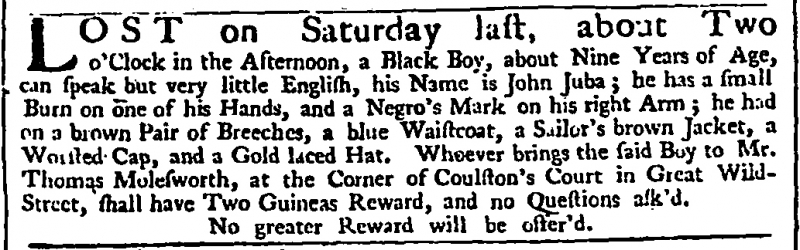
Daily Advertiser, 21 February 1743 (England)
LOST on Saturday last, about Two o’Clock in the Afternoon, a Black Boy, about Nine Years of Age, can speak but very little English, his Name is John Juba; he has a small Burn on one of his Hands, and a Negro’s Mark on his right Arm; he had on a brown Pair of Breeches, a blue Waistcoat, a Sailor’s brown Jacket, a Worsted Cap, and a Gold laced Hat. Whoever brings the said Boy to Mr. Thomas Molesworth, at the Corner of Coulston’s Court in Great Wild-Street, shall have Two Guineas Reward, and no Questions ask’d.  No greater Reward will be offer’d.